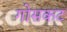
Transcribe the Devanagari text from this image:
गोसकट